On a parasite found in the white corpuscles of the blood of palm squirrels - Number 24
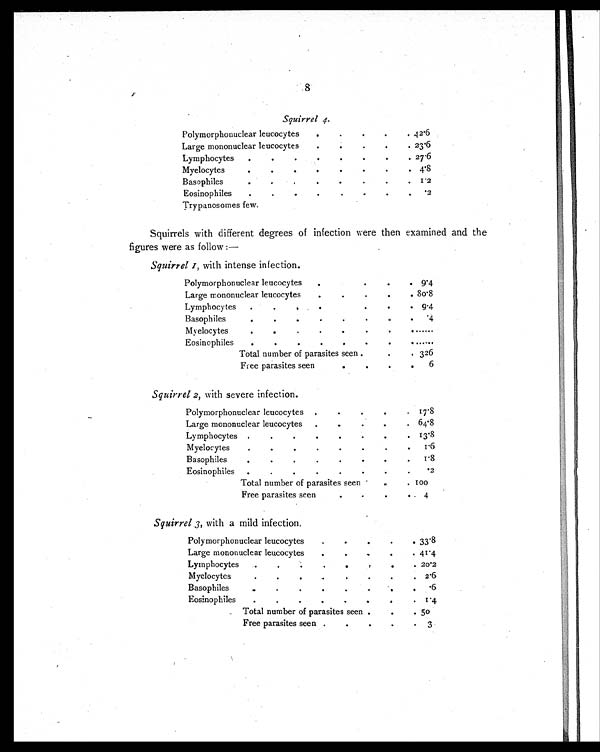
8
Squirrel 4.
Polymorphonuclear leucocytes
.
.
.
.
. 42.6
Large mononuclear leucocytes
.
.
.
.
. 23.6
Lymphocytes
.
.
.
.
.
.
.
. 27.6
Myelocytes
.
.
.
.
.
.
.
.
4.8
Basophiles
.
.
.
.
.
.
.
. 1.2
Eosinophiles
. . .
.
.
.
.
.
.2
Trypanosomes few.
Squirrels with different degrees of infection were then examined and the
figures were as follow :—
Squirrel I, with intense infection.
Polymorphonuclear leucocytes .
.
.
.
9.4
Large mononuclear leucocytes
. .
.
.
. 80.8
Lymphocytes
. .
.
.
.
.
9.4
Basophiles
.
.
.
.
.
.
.4
Myelocytes
.
.
.
.
.
.
. . . . . .
Eosinophiles
.
.
.
.
.
.
. . . . . .
Total number of parasites seen
.
.
. 326
Free parasites seen
.
.
.
.
6
Squirrel 2, with severe infection.
Polymorphonuclear leucocytes
. .
.
.
. 17.8
Large mononuclear leucocytes
.
.
.
.
.
64.8
Lymphocytes . . .
.
.
. 13.8
Myelocytes
. . . .
.
.
.
1.6
Basophiles
. . .
.
. 1. 8
Eosinophiles
.
.
.
.
.
.
.
.2
Total number of parasites seen .
.
.
1 0 0
Free parasites seen .
.
. .4
Squirrel 3, with a mild infection.
Polymorphonuclear leucocytes
. .
.
.
. 33.8
Large mononuclear leucocytes
.
.
..
.
. 41.4
Lymphocytes
.
. . .
.
.
. 20.2
Myelocytes
. . . .
.
.
. 2.6
Basophiles
. .
.
.
.
.
.
.
.
.6
Eosinophiles . . . . .
.
.
.
1 . 4
Total number of parasites seen .
.
. 50
Free parasites seen .
.
.
.
. 3